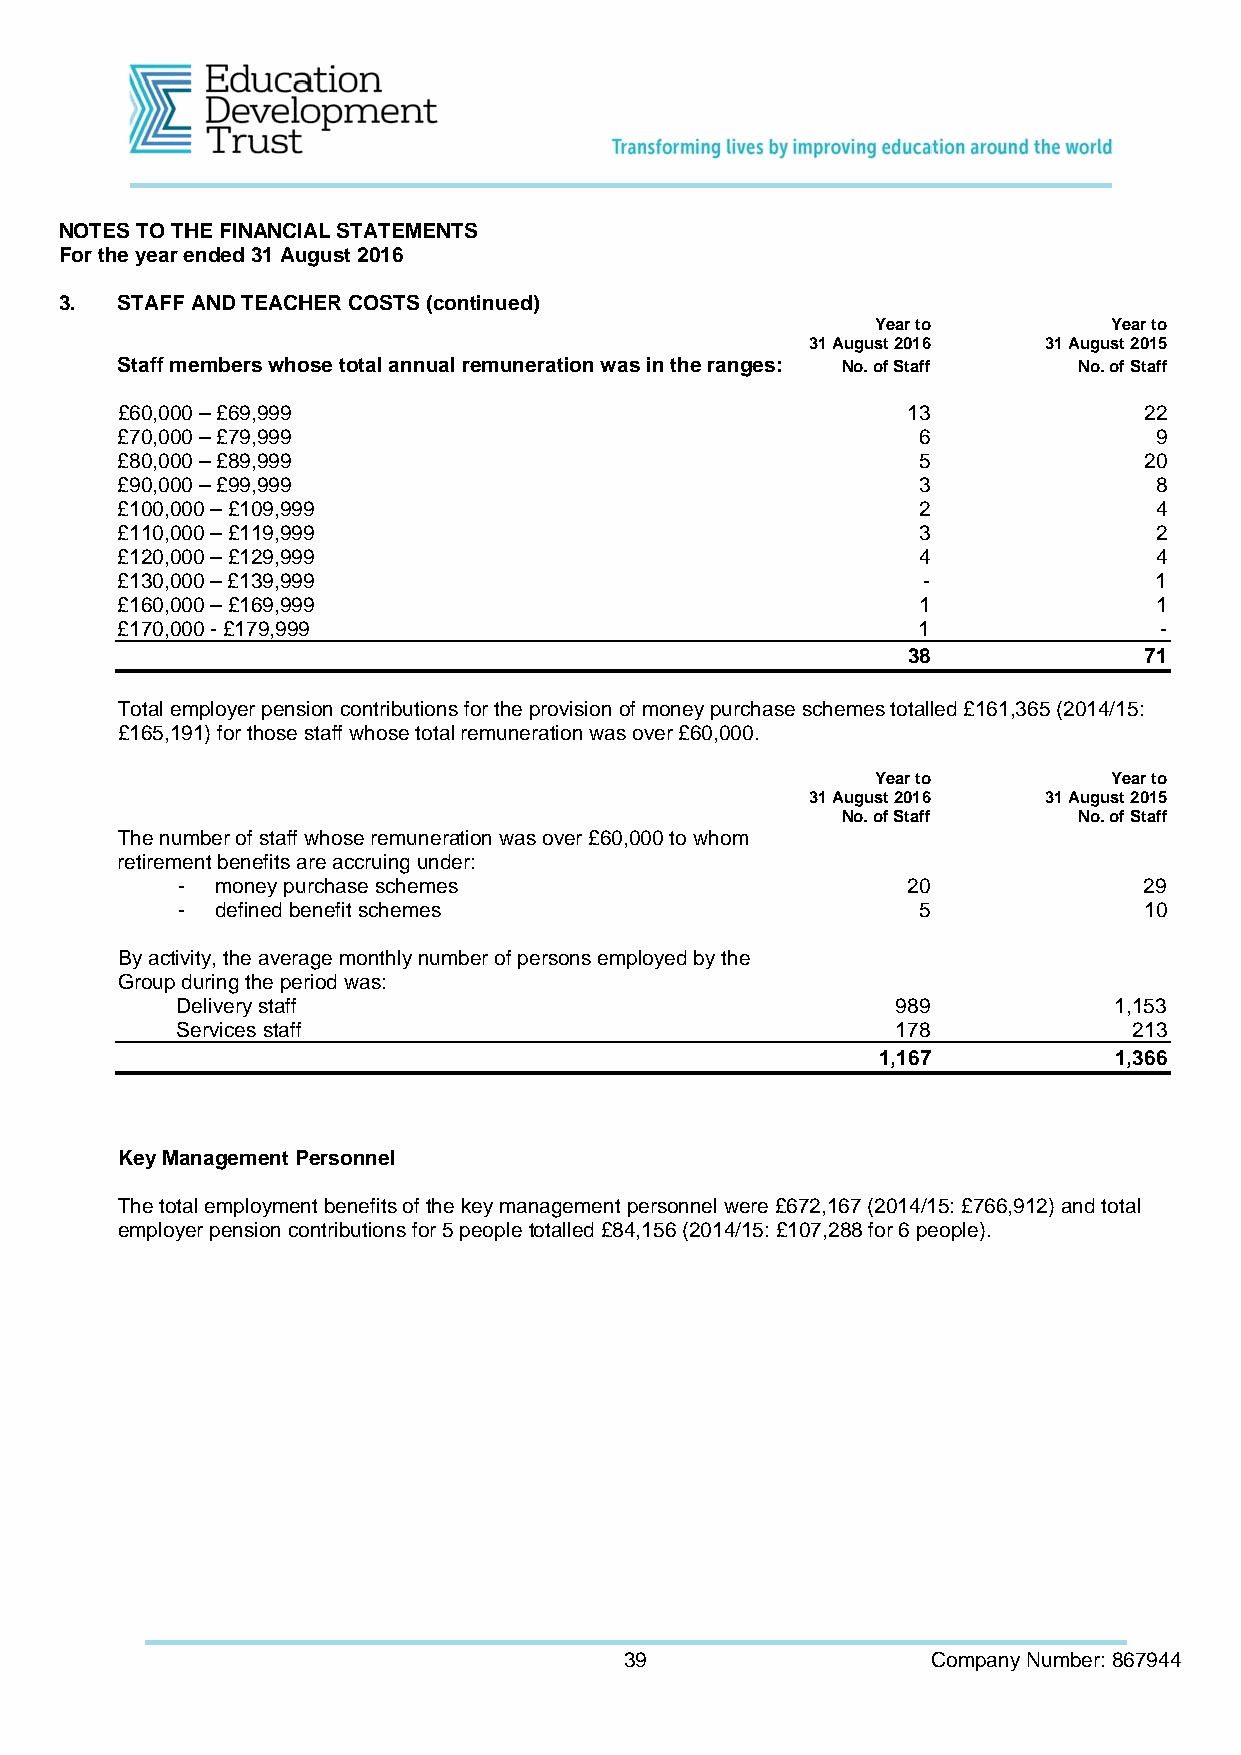
NOTES TO THE FINANCIAL STATEMENTS
 For the year ended 31 August 2016
 3.  STAFF AND TEACHER COSTS (continued)
 Year to        Year to
 31 August 2016 31 August 2015
 Staff members whose total annual remuneration was in the ranges: No. of Staff No. of Staff
 £60,000 – £69,999                                   13              22
 £70,000 – £79,999                                    6              9
 £80,000 – £89,999                                    5              20
 £90,000 – £99,999                                    3              8
 £100,000 – £109,999                                  2              4
 £110,000 – £119,999                                  3              2
 £120,000 – £129,999                                  4              4
 £130,000 – £139,999                                  -              1
 £160,000 – £169,999                                  1              1
 £170,000 - £179,999                                  1               -
 38              71
 Total employer pension contributions for the provision of money purchase schemes totalled £161,365 (2014/15:
 £165,191) for those staff whose total remuneration was over £60,000.
 Year to        Year to
 31 August 2016 31 August 2015
 No. of Staff   No. of Staff
 The number of staff whose remuneration was over £60,000 to whom
 retirement benefits are accruing under:
 - money purchase schemes                        20              29
 - defined benefit schemes                        5              10
 By activity, the average monthly number of persons employed by the
 Group during the period was:
 Delivery staff                                 989            1,153
 Services staff                                 178             213
 1,167           1,366
 Key Management Personnel
 The total employment benefits of the key management personnel were £672,167 (2014/15: £766,912) and total
 employer pension contributions for 5 people totalled £84,156 (2014/15: £107,288 for 6 people).
 39                   Company Number: 867944